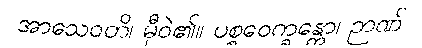
အာသေဝတိ၊ မှီဝဲ၏။ ပစ္စဝေက္ခန္တော၊ ဉာဏ်